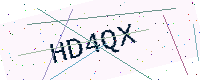
Text: HD4QX